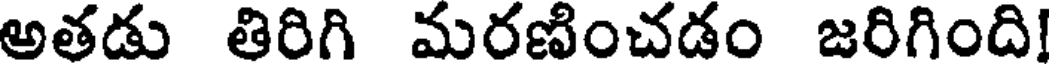
అతడు తిరిగి మరణించడం జరిగింది